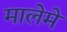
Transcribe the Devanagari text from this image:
मालेमे